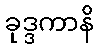
ခုဒ္ဒကာနိ